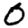
Digit: 0